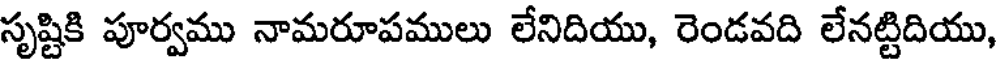
సృష్టికి పూర్వము నామరూపములు లేనిదియు, రెండవది లేనట్టిదియు,